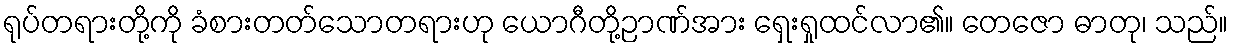
ရုပ်တရားတို့ကို ခံစားတတ်သောတရားဟု ယောဂီတို့ဉာဏ်အား ရှေးရှုထင်လာ၏။ တေဇော ဓာတု၊ သည်။